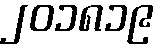
၂၀၁၈၁၉